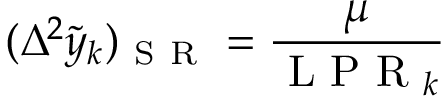
( \Delta ^ { 2 } \tilde { y } _ { k } ) _ { \mathrm { ~ S ~ R ~ } } = \frac { \mu } { \mathrm { ~ L ~ P ~ R ~ } _ { k } }